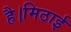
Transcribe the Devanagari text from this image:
है।मिठाई